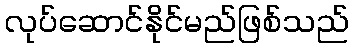
လုပ်ဆောင်နိုင်မည်ဖြစ်သည်